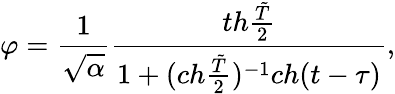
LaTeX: \varphi={\frac{1}{\sqrt{\alpha}}}{\frac{th{\frac{\tilde{T}}{2}}}{1+(ch{\frac{\tilde{T}}{2}})^{-1}ch(t-\tau)}},